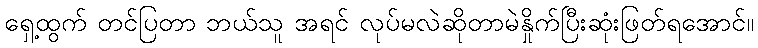
ရှေ့ထွက် တင်ပြတာ ဘယ်သူ အရင် လုပ်မလဲဆိုတာမဲနှိုက်ပြီးဆုံးဖြတ်ရအောင်။